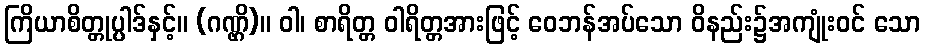
ကြိယာစိတ္တုပ္ပါဒ်နှင့်။ (ဂဏ္ဌိ)။ ဝါ၊ စာရိတ္တ ဝါရိတ္တအားဖြင့် ဝေဘန်အပ်သော ဝိနည်း၌အကျုံးဝင် သော